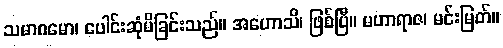
သမာဂမော၊ ပေါင်းဆုံမိခြင်းသည်။ အဟောသိ၊ ဖြစ်ပြီ။ မဟာရာဇ၊ မင်းမြတ်။